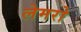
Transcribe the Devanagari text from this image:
लेमरो